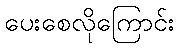
ပေးစေလိုကြောင်း